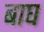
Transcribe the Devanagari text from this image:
बाघ्‍ा